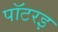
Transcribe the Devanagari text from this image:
पॉटरइ